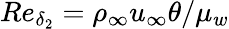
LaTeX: Re_{\delta_{2}}=\rho_{\infty}u_{\infty}\theta/\mu_{w}